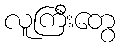
လူကြီးတွေ